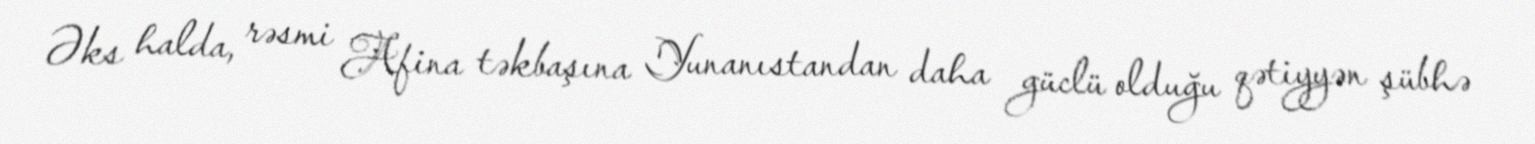
Əks halda, rəsmi Afina təkbaşına Yunanıstandan daha güclü olduğu qətiyyən şübhə